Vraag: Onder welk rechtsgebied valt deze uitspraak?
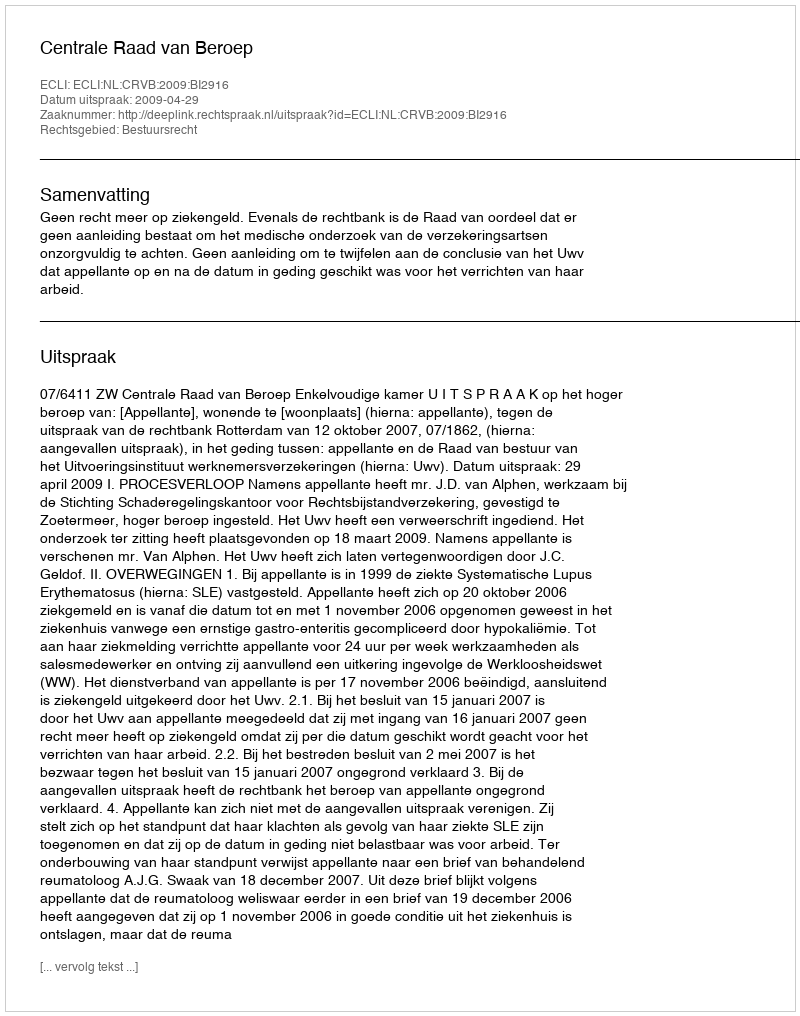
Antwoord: Bestuursrecht